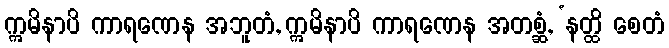
ဣမိနာပိ ကာရဏေန အဘူတံ, ဣမိနာပိ ကာရဏေန အတစ္ဆံ, ‘နတ္ထိ စေတံ